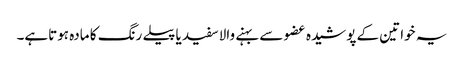
یہ خواتین کے پوشیدہ عضو سے بہنے والاسفید یاپیلے رنگ کا مادہ ہوتاہے۔